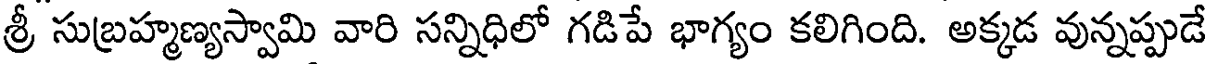
శ్రీ సుబ్రహ్మణ్యస్వామి వారి సన్నిధిలో గడిపే భాగ్యం కలిగింది. అక్కడ వున్నప్పుడే